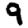
Digit: 9